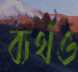
ব্যর্থও